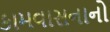
કામવાસનાનો